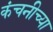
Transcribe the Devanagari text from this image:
कंचनीच्या